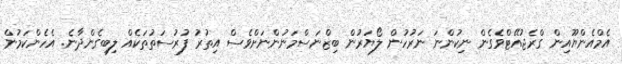
އެމްއެންޔޫއިން ގްރެޖުއޭޓްވެގެން ނިކުންނަ ނަރުހުން ލޯޔަރުން ބިޒްނަސްމަނުންނަށްވެސް އިތުރު ފުރުސަތުތަކެއް ލިބިގެންދާނެ. އެހެންކަމުން